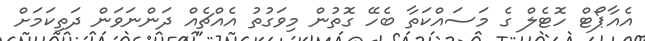
އެއާޕޯޓް ހޮޓެލް ގެ މަސައްކަތާ ބެހޭ ގޮތުން މިވަގުތު އެއްޗެއް ދަންނަވަން ދަތިކަމަށް